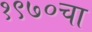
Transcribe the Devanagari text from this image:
१९७०चा